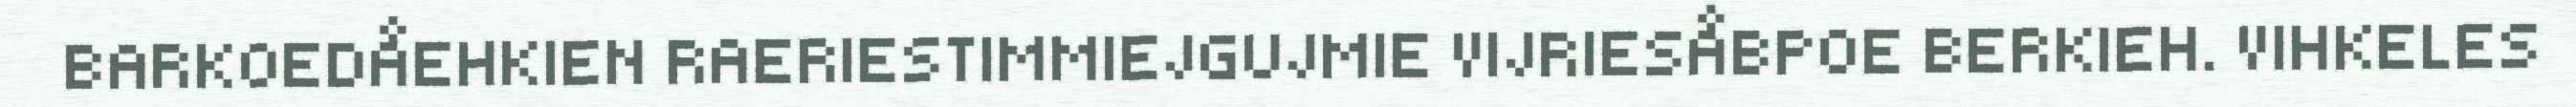
BARKOEDÅEHKIEN RAERIESTIMMIEJGUJMIE VIJRIESÅBPOE BERKIEH. VIHKELES